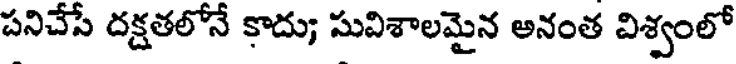
పనిచేసే దక్షతలోనే కాదు; సువిశాలమైన అనంత విశ్వంలో